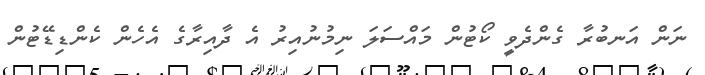
ނަން އަނބުރާ ގެންދެވީ ކޯޓުން މައްސަލަ ނިމުނުއިރު އެ ދާއިރާގެ އެހެން ކެންޑިޑޭޓުން